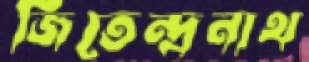
জিতেন্দ্রনাথ